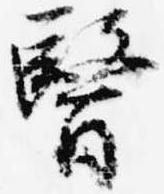
医